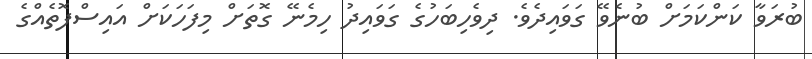
ބުރަވާ ކަންކަމަށް ބުނެވޭ ގަވައިދެވެ. ދިވެހިބަހުގެ ގަވައިދު ހިމެނޭ ގޮތަށް މިފަހަކަށް އައިސްފޮތެއްގެ